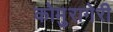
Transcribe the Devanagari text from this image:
कोमुरागेरी